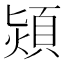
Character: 熲